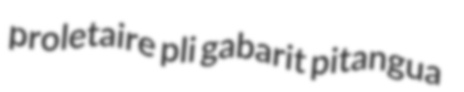
proletaire pli gabarit pitangua